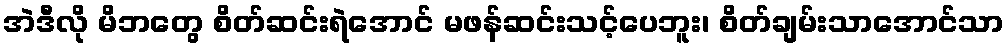
အဲဒီလို မိဘတွေ စိတ်ဆင်းရဲအောင် မဖန်ဆင်းသင့်ပေဘူး၊ စိတ်ချမ်းသာအောင်သာ